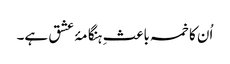
اُن کا خمسہ باعثِ ہنگامۂ عشق ہے۔